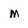
Character: m